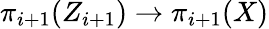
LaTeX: \pi_{i+1}(Z_{i+1})\to\pi_{i+1}(X)